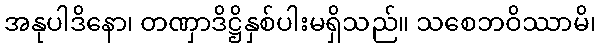
အနုပါဒိနော၊ တဏှာဒိဋ္ဌိနှစ်ပါးမရှိသည်။ သစေဘဝိဿာမိ၊